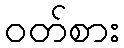
ဝတ်စား